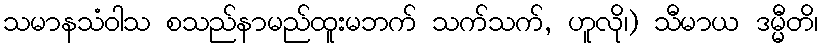
သမာနသံဝါသ စသည်နာမည်ထူးမဘက် သက်သက်, ဟူလို၊) သီမာယ ဒမ္မီတိ၊